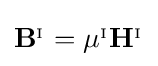
\mathbf {B} ^{_{\mathrm {I} }}=\mu ^{_{\mathrm {I} }}\mathbf {H} ^{_{\mathrm {I} }}